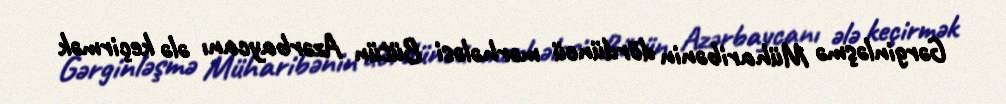
Gərginləşmə Müharibənin dördüncü mərhələsi Bütün Azərbaycanı ələ keçirmək